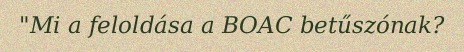
"Mi a feloldása a BOAC betűszónak?